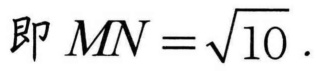
即 \(MN=\sqrt{10}\).